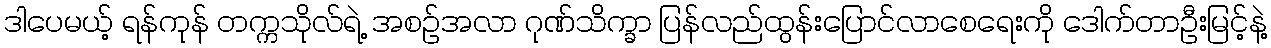
ဒါပေမယ့် ရန်ကုန် တက္ကသိုလ်ရဲ့ အစဉ်အလာ ဂုဏ်သိက္ခာ ပြန်လည်ထွန်းပြောင်လာစေရေးကို ဒေါက်တာဦးမြင့်နဲ့